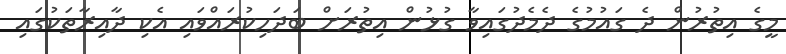
މީގެ އިތުރުން ދެ ގައުމުގެ ދެމެދުގައިވާ ގުޅުން އިތުރަށް ބަދަހިކުރައްވައި އެކި ދާއިރާތަކުގައި